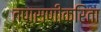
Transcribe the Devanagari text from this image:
तपासणीकरिता